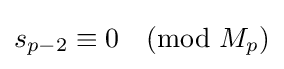
s_{p-2}\equiv 0{\pmod {M_{p}}}